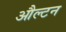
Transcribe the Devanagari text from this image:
औल्टन